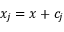
x _ { j } = x + c _ { j }